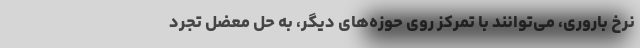
نرخ باروری، می‌توانند با تمرکز روی حوزه‌های دیگر، به حل معضل تجّرد